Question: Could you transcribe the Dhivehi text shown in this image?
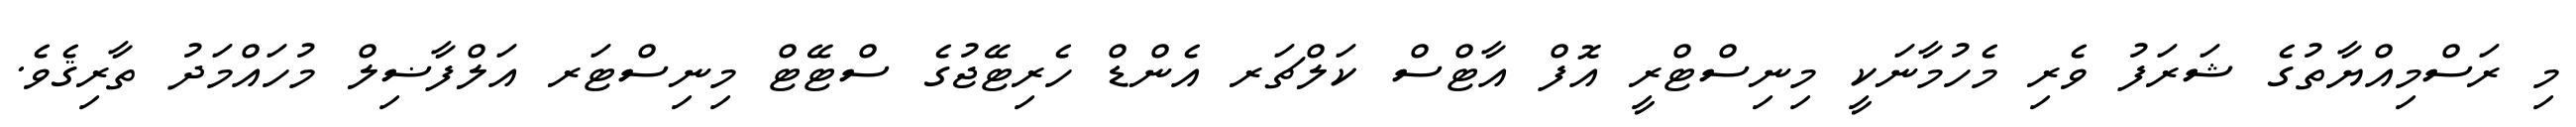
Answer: މި ރަސްމިއްޔާތުގެ ޝަރަފު ވެރި މެހުމާނަކީ މިނިސްޓްރީ އޮފް އާޓްސް ކަލްޗަރ އެންޑް ހެރިޓޭޖުގެ ސްޓޭޓް މިނިސްޓަރ އަލްފާޟިލް މުހައްމަދު ތާރިޤެވެ.